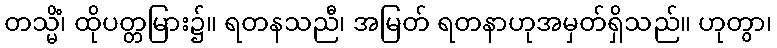
တသ္မိံ၊ ထိုပတ္တမြား၌။ ရတနသညီ၊ အမြတ် ရတနာဟုအမှတ်ရှိသည်။ ဟုတွာ၊